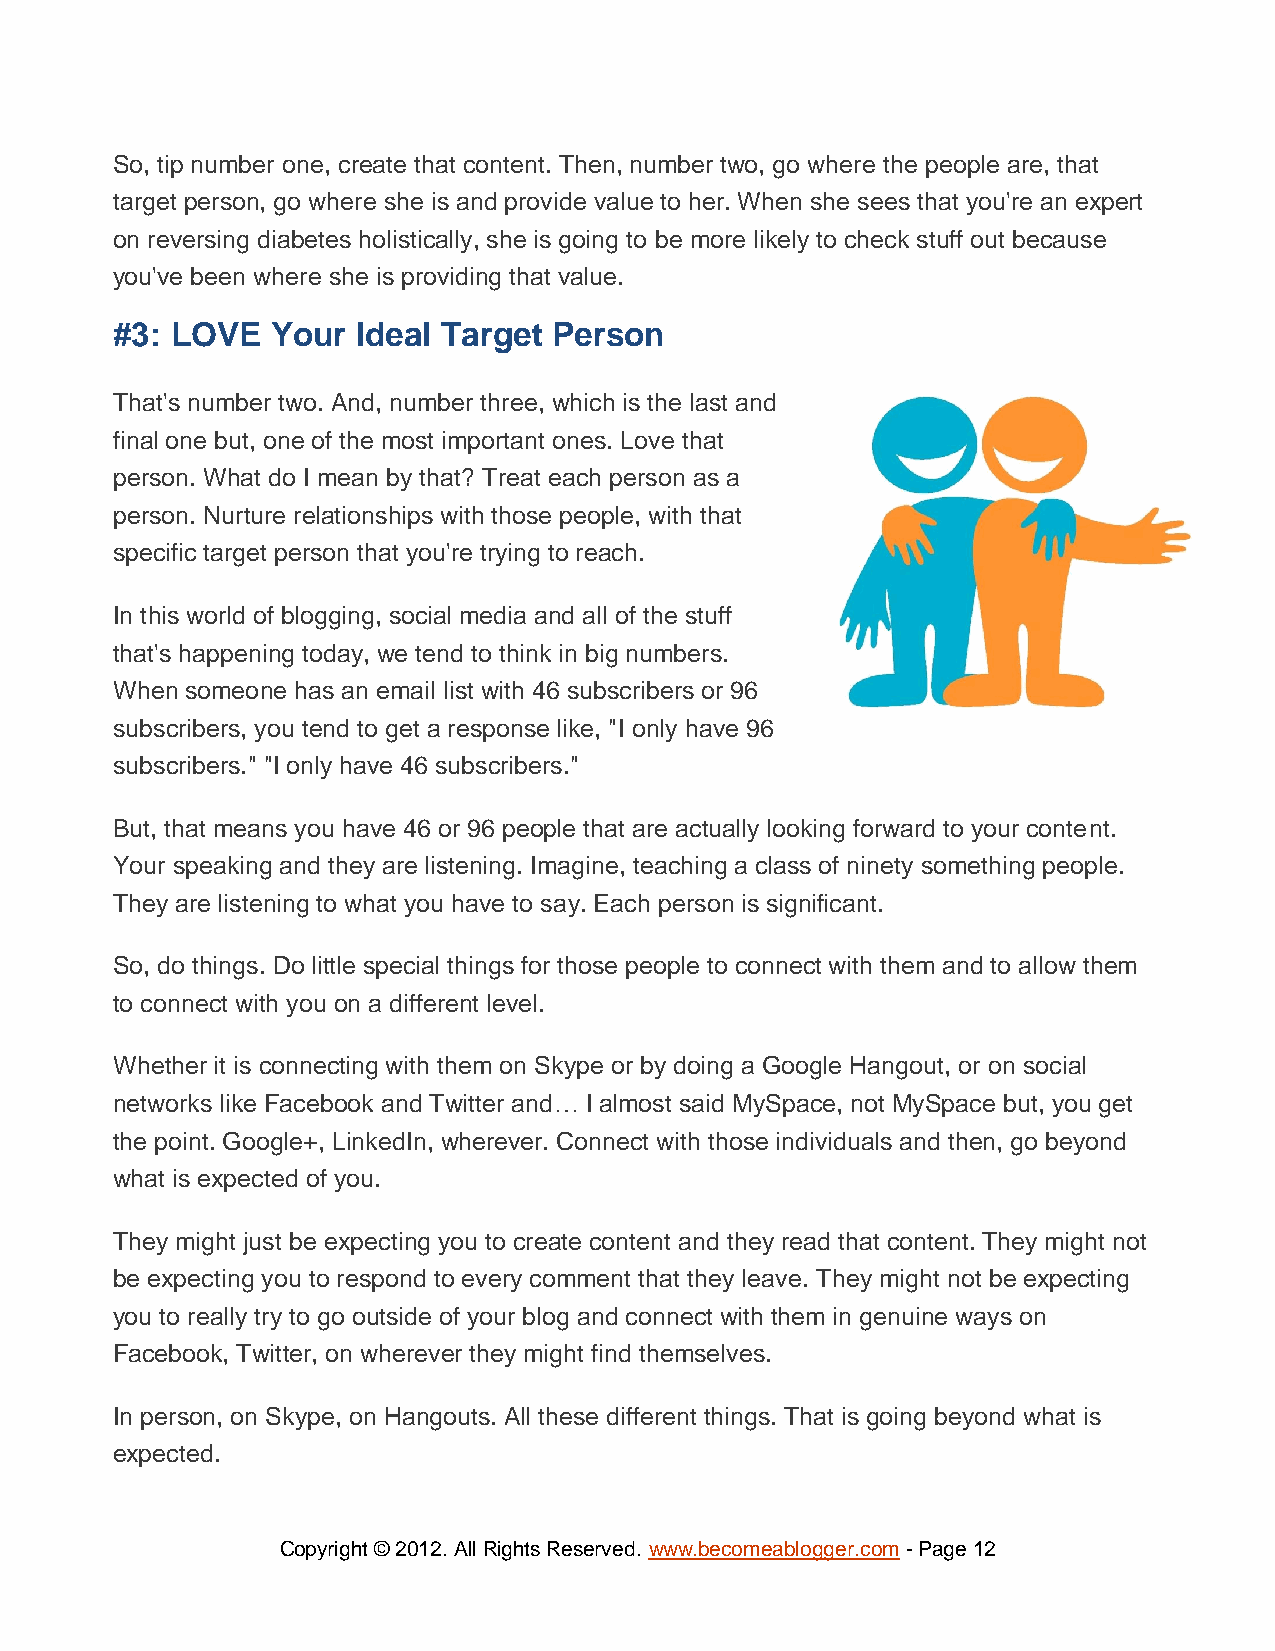
So, tip number one, create that content. Then, number two, go where the people are, that
 target person, go where she is and provide value to her. When she sees that you're an expert
 on reversing diabetes holistically, she is going to be more likely to check stuff out because
 you've been where she is providing that value.
 #3: LOVE   Your  Ideal Target Person
 That's number two. And, number three, which is the last and
 final one but, one of the most important ones. Love that
 person. What do I mean by that? Treat each person as a
 person. Nurture relationships with those people, with that
 specific target person that you're trying to reach.
 In this world of blogging, social media and all of the stuff
 that's happening today, we tend to think in big numbers.
 When someone has an email list with 46 subscribers or 96
 subscribers, you tend to get a response like, "I only have 96
 subscribers." "I only have 46 subscribers."
 But, that means you have 46 or 96 people that are actually looking forward to your content.
 Your speaking and they are listening. Imagine, teaching a class of ninety something people.
 They are listening to what you have to say. Each person is significant.
 So, do things. Do little special things for those people to connect with them and to allow them
 to connect with you on a different level.
 Whether it is connecting with them on Skype or by doing a Google Hangout, or on social
 networks like Facebook and Twitter and… I almost said MySpace, not MySpace but, you get
 the point. Google+, LinkedIn, wherever. Connect with those individuals and then, go beyond
 what is expected of you.
 They might just be expecting you to create content and they read that content. They might not
 be expecting you to respond to every comment that they leave. They might not be expecting
 you to really try to go outside of your blog and connect with them in genuine ways on
 Facebook, Twitter, on wherever they might find themselves.
 In person, on Skype, on Hangouts. All these different things. That is going beyond what is
 expected.
 Copyright © 2012. All Rights Reserved. www.becomeablogger.com - Page 12